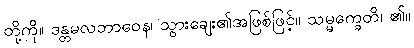
တို့ကို။ ဒန္တမလဘာဝေန၊ သွားချေး၏အဖြစ်ဖြင့်။ သမ္မက္ခေတိ၊ ၏။